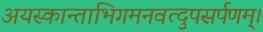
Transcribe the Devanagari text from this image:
अयस्कान्ताभिगमनवत्दुपसर्पणम्।